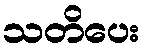
သတိပေး